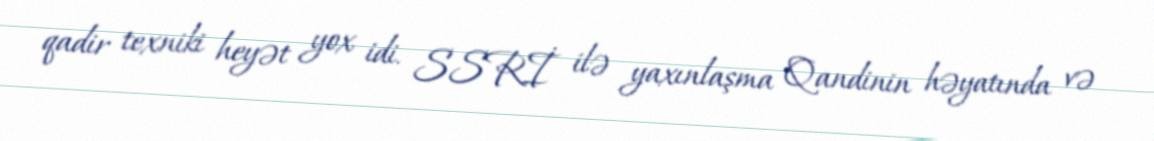
qadir texniki heyət yox idi. SSRİ ilə yaxınlaşma Qandinin həyatında və